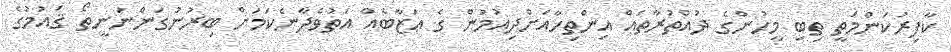
ކާފިރުކަންމަތީ ތިބި މީހުންގެ ދުއްތުރާތައް އިންތިހާއަށްދިއުމުން ގެ ޢަޒާބެއް އަތުވެދާނެކަމަށް ބިރުނުގަންނަނީތޯ ޤައުމުގެ